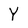
Character: Y